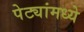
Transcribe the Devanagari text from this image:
पेट्यांमध्ये